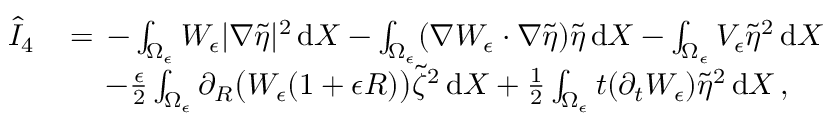
\begin{array} { r l } { \hat { I } _ { 4 } \, } & { = \, - \int _ { \Omega _ { \epsilon } } W _ { \epsilon } | \nabla \tilde { \eta } | ^ { 2 } \, \mathrm { d } X - \int _ { \Omega _ { \epsilon } } ( \nabla W _ { \epsilon } \cdot \nabla \tilde { \eta } ) \tilde { \eta } \, \mathrm { d } X - \int _ { \Omega _ { \epsilon } } V _ { \epsilon } \tilde { \eta } ^ { 2 } \, \mathrm { d } X } \\ & { \quad \, - \frac { \epsilon } { 2 } \int _ { \Omega _ { \epsilon } } \partial _ { R } \bigl ( W _ { \epsilon } ( 1 + \epsilon R ) \bigr ) \tilde { \zeta } ^ { 2 } \, \mathrm { d } X + \frac 1 2 \int _ { \Omega _ { \epsilon } } t ( \partial _ { t } W _ { \epsilon } ) \tilde { \eta } ^ { 2 } \, \mathrm { d } X \, , } \end{array}